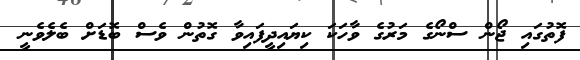
ފޮތުގައި ޖޯން ސްނޯގެ މަރުގެ ވާހަކަ ކިޔައިދީފައިވާ ގޮތުން ވެސް ބޮޑަށް ބެލެވެނީ